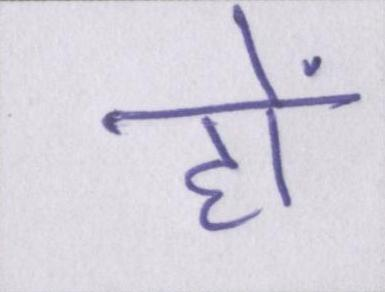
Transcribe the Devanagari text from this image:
हों